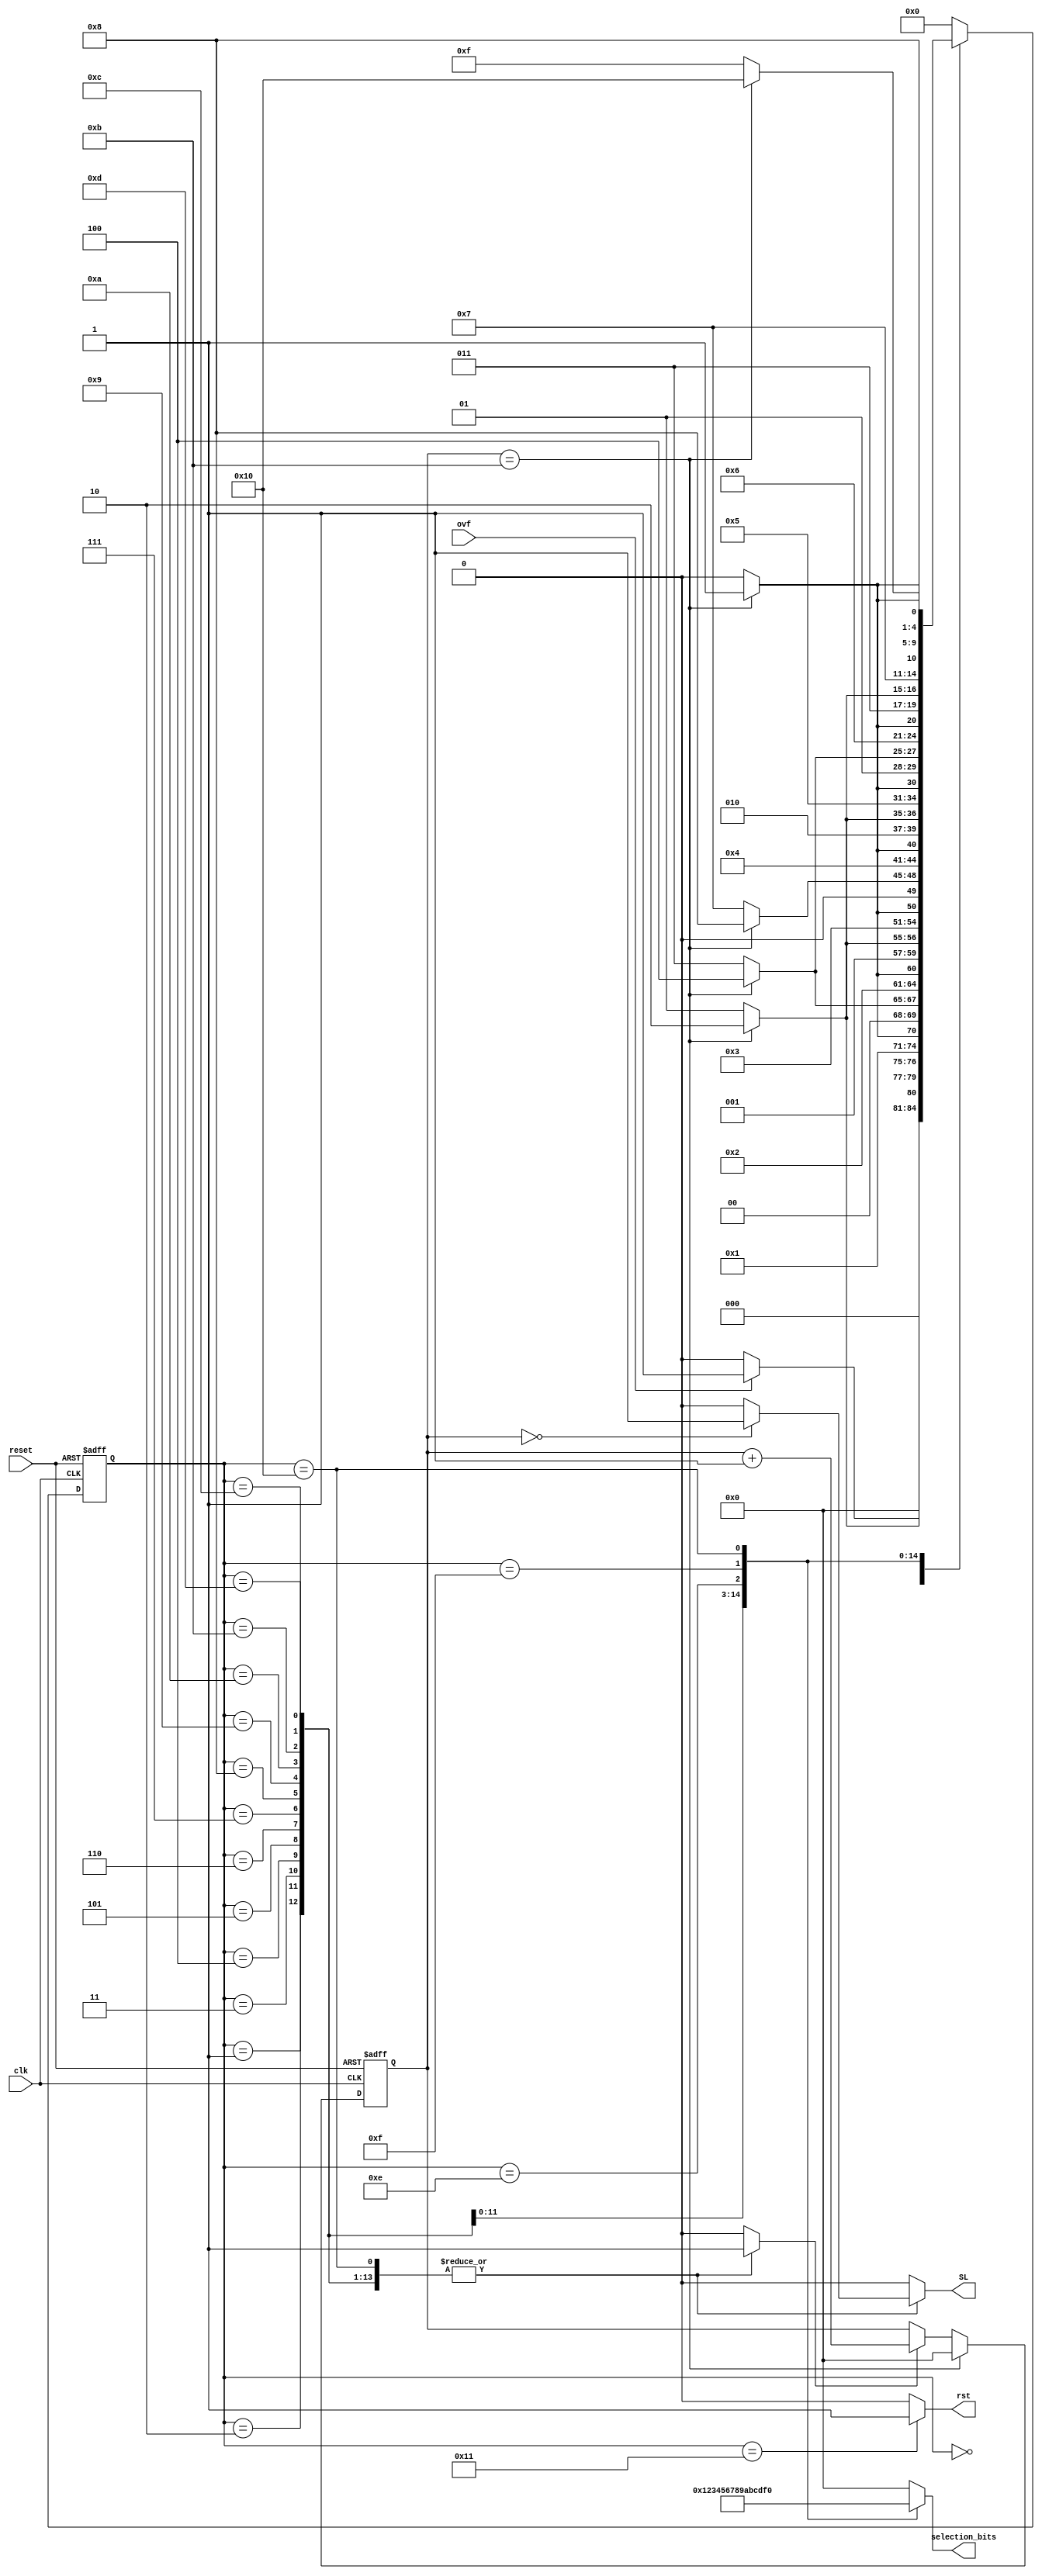
/* 
 clk : clock for the internal counter and the state change process
 reset : when '1', reset the counter and return to state S0
 ovf : when '1', allows to go from state s0 to s1 (starts the state machine and sending data)
 selection_bits : output of the state machine, controls the multiplexer according to the output to send
 SL : controls the PISO_regiter. When '1' Load, '0' shift
 rst : reset all channel counters when the sending is over 
*/

module FSM(input clk, input reset, input wire ovf, output reg [3:0] selection_bits, output reg SL, output reg rst);

  reg counter_increment;
	reg [3:0] counter_register;
  
  localparam [4:0]
  s0 = 0,
  s1 = 1,
  s2 = 2,
  s3 = 3,
  s4 = 4,
  s5 = 5,
  s6 = 6,
  s7 = 7,
  s8 = 8,
  s9 = 9,
  s10 = 10,
  s11 = 11,
  s12 = 12,
  s13 = 13,
  s14 = 14,
  s15 = 15,
  s16 = 16,
  s17 = 17; 

	reg[4:0] state_reg, state_next;

 
// Internal counter process
  always @(posedge clk or posedge reset) begin

	if(reset==1) begin
		counter_register <= 4'b0;
	end

	else if (clk == 1) begin

		//The counter increment if the signal counter_increment is high
		if (counter_increment == 1) begin
			counter_register <= counter_register + 1;
		end
		//The counter reset when richs 11
		if(counter_register == 4'b1011) begin
      			counter_register <= 4'b0;
    		end
	end
  end


// State change process 
  always @(posedge clk or posedge reset) begin
  
	if(reset == 1) begin
		state_reg <= s0;
	end
    	
	else if (clk == 1) begin
		state_reg <= state_next;
	end
  end

// State Machine
  always @(*) begin
 
// default state_next and outputs
    state_next = state_reg; 
	rst = 0;
	SL = 0;
	counter_increment = 0;
	selection_bits = 4'b0000;

    case (state_reg)
        s0 : begin
		rst = 0;
		SL = 0;
		counter_increment = 0;
		selection_bits = 4'b0000;
		
          	if (ovf == 1) begin  
                	state_next = s1; 
            	end
            	else begin
                	state_next = s0; 
            	end
        end

        s1 : begin //RTC 
		
		selection_bits = 4'b0000;
		counter_increment = 1;
			
		if (counter_register == 4'b0000) begin
			SL = 1;
		end
		else begin
			SL = 0;
			
		end
		
          	if (counter_register == 4'b1011) begin  
                	state_next = s2; 
            	end
            	else begin // remain in current state
                	state_next = s1; 
            	end
        end

        s2 : begin //CH1 

		selection_bits = 4'b0001;
		counter_increment = 1;
			
		if (counter_register == 4'b0000) begin
			SL = 1;
		end
		else begin
			SL = 0;
		end
		
          	if (counter_register == 4'b1011) begin  
                	state_next = s3; 
            	end
            	else begin // remain in current state
                	state_next = s2; 
            	end
        end
      s3 : begin //CH2 

		selection_bits = 4'b0010;
		//SL = 1;
		counter_increment = 1;
		if (counter_register == 4'b0000) begin
			SL = 1;
		end
		else begin
			SL = 0;
		end

          	if (counter_register == 4'b1011) begin  
                	state_next = s4; 
            	end
            	else begin // remain in current state
                	state_next = s3; 
            	end
        end
      s4 : begin //CH3 
		
		selection_bits = 4'b0011;
		//SL = 0;
		counter_increment = 1;
		if (counter_register == 4'b0000) begin
			SL = 1;
		end
		else begin
			SL = 0;
		end
	
          	if (counter_register == 4'b1011) begin  
                	state_next = s5; 
            	end
            	else begin // remain in current state
                	state_next = s4; 
            	end
        end
      s5 : begin //CH4 
		selection_bits = 4'b0100;
		//SL = 1;
		counter_increment = 1;
		if (counter_register == 4'b0000) begin
			SL = 1;
		end
		else begin
			SL = 0;
		end
	
          	if (counter_register == 4'b1011) begin  
                	state_next = s6; 
            	end
            	else begin // remain in current state
                	state_next = s5; 
            	end
        end

      s6 : begin //CH5 
		selection_bits = 4'b0101;
		counter_increment = 1;
		if (counter_register == 4'b0000) begin
			SL = 1;
		end
		else begin
			SL = 0;
		end
	
          	if (counter_register == 4'b1011) begin  
                	state_next = s7; 
            	end
            	else begin // remain in current state
                	state_next = s6; 
            	end
        end

      s7 : begin //CH6 

		selection_bits = 4'b0110;
		counter_increment = 1;
		if (counter_register == 4'b0000) begin
			SL = 1;
		end

		else begin
			SL = 0;
		end
	
          	if (counter_register == 4'b1011) begin  
                	state_next = s8; 
            	end
            	else begin // remain in current state
                	state_next = s7; 
            	end
        end

      s8 : begin //CH7 

		selection_bits = 4'b0111;
		counter_increment = 1;
		if (counter_register == 4'b0000) begin
			SL = 1;
		end
		else begin
			SL = 0;
		end
	
          	if (counter_register == 4'b1011) begin  
                	state_next = s9; 
            	end
            	else begin // remain in current state
                	state_next = s8; 
            	end
        end

      s9 : begin //CH8 
		selection_bits = 4'b1000;
		//SL = 1;
		counter_increment = 1;
		if (counter_register == 4'b0000) begin
			SL = 1;
		end
		else begin
			SL = 0;
		end
	
          	if (counter_register == 4'b1011) begin  
                	state_next = s10; 
            	end
            	else begin // remain in current state
                	state_next = s9; 
            	end
        end

      s10 : begin //CH9 
		selection_bits = 4'b1001;
		//SL = 1;
		counter_increment = 1;
		if (counter_register == 4'b0000) begin
			SL = 1;
		end
		else begin
			SL = 0;

		end		

          	if (counter_register == 4'b1011) begin  
                	state_next = s11; 
            	end
            	else begin // remain in current state
                	state_next = s10; 
            	end
        end

      s11 : begin //CH10 
		selection_bits = 4'b1010;

		counter_increment = 1;
		if (counter_register == 4'b0000) begin
			SL = 1;
		end

		else begin
			SL = 0;
		end
	
          	if (counter_register == 4'b1011) begin  
                	state_next = s12; 
            	end
            	else begin // remain in current state
                	state_next = s11; 
            	end
        end

      s12 : begin //CH11 

		selection_bits = 4'b1011;
		counter_increment = 1;
		if (counter_register == 4'b0000) begin
			SL = 1;
		end
		else begin
			SL = 0;
		end
	
          	if (counter_register == 4'b1011) begin  
                	state_next = s13; 
            	end
            	else begin // remain in current state
                	state_next = s12; 
            	end
        end

      s13 : begin //CH12 
		selection_bits = 4'b1100;
		counter_increment = 1;
		if (counter_register == 4'b0000) begin
			SL = 1;
		end
		else begin
			SL = 0;
		end

	
          	if (counter_register == 4'b1011) begin  
                	state_next = s14; 
            	end
            	else begin // remain in current state
                	state_next = s13; 
            	end
        end

      s14 : begin //CH13 
		selection_bits = 4'b1101;
		//SL = 1;
		counter_increment = 1;
		if (counter_register == 4'b0000) begin
			SL = 1;
		end
		else begin
			SL = 0;
		end

	
          	if (counter_register == 4'b1011) begin  
                	state_next = s15; 
            	end
            	else begin // remain in current state
                	state_next = s14; 
            	end
        end

      s15 : begin //CH14 
		selection_bits = 4'b1110;
		//SL = 1;
		counter_increment = 1;
		if (counter_register == 4'b0000) begin
			SL = 1;
		end
		else begin
			SL = 0;
		end
		
          	if (counter_register == 4'b1011) begin  
                	state_next = s16; 
            	end
            	else begin // remain in current state
                	state_next = s15; 
            	end
        end

      s16 : begin //CH15 
		selection_bits = 4'b1111;
		counter_increment = 1;
		if (counter_register == 4'b0000) begin
			SL = 1;
		end
		else begin
			SL = 0;
		end
		
          	if (counter_register == 4'b1011) begin  
                	state_next = s17; 
            	end
            	else begin // remain in current state
                	state_next = s16; 
            	end
        end

      s17 : begin 
		rst = 1;
		counter_increment = 0;
 		SL = 0;
               state_next = s0; 

        end

      default : begin
        state_next = s0;
      end
    endcase
end 
  
endmodule